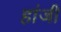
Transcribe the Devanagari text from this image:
हांजी